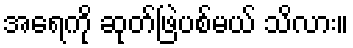
အရေကို ဆုတ်ဖြဲပစ်မယ် သိလား။